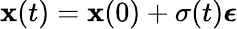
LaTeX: \mathbf{\boldsymbol{x}}(t)=\mathbf{\boldsymbol{x}}(0)+\sigma(t)\mathbf{\boldsymbol{\epsilon}}